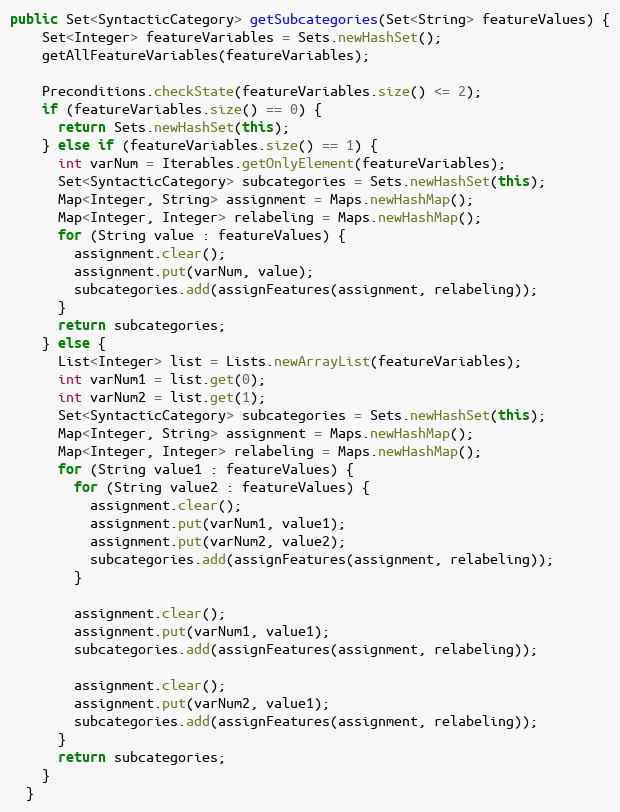
Language: Java
public Set<SyntacticCategory> getSubcategories(Set<String> featureValues) {
    Set<Integer> featureVariables = Sets.newHashSet();
    getAllFeatureVariables(featureVariables);

    Preconditions.checkState(featureVariables.size() <= 2);
    if (featureVariables.size() == 0) {
      return Sets.newHashSet(this);
    } else if (featureVariables.size() == 1) {
      int varNum = Iterables.getOnlyElement(featureVariables);
      Set<SyntacticCategory> subcategories = Sets.newHashSet(this);
      Map<Integer, String> assignment = Maps.newHashMap();
      Map<Integer, Integer> relabeling = Maps.newHashMap();
      for (String value : featureValues) {
        assignment.clear();
        assignment.put(varNum, value);
        subcategories.add(assignFeatures(assignment, relabeling));
      }
      return subcategories;
    } else {
      List<Integer> list = Lists.newArrayList(featureVariables);
      int varNum1 = list.get(0);
      int varNum2 = list.get(1);
      Set<SyntacticCategory> subcategories = Sets.newHashSet(this);
      Map<Integer, String> assignment = Maps.newHashMap();
      Map<Integer, Integer> relabeling = Maps.newHashMap();
      for (String value1 : featureValues) {
        for (String value2 : featureValues) {
          assignment.clear();
          assignment.put(varNum1, value1);
          assignment.put(varNum2, value2);
          subcategories.add(assignFeatures(assignment, relabeling));
        }

        assignment.clear();
        assignment.put(varNum1, value1);
        subcategories.add(assignFeatures(assignment, relabeling));

        assignment.clear();
        assignment.put(varNum2, value1);
        subcategories.add(assignFeatures(assignment, relabeling));
      }
      return subcategories;
    }
  }